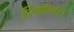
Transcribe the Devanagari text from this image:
रिवॉल्वर।